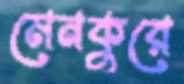
মেনকুরে